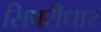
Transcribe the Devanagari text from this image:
सिपरीधार